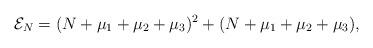
LaTeX: \begin{align*}\mathcal{E}_{N}=(N+\mu_1+\mu_2+\mu_3)^2+(N+\mu_1+\mu_2+\mu_3),\end{align*}